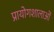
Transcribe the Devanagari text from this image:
प्रायोगशालाओं